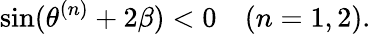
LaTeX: \sin(\theta^{(n)}+2\beta)<0\quad(n=1,2).